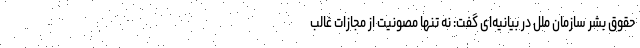
حقوق بشر سازمان ملل در بیانیه‌ای گفت: نه تنها مصونیت از مجازات غالب